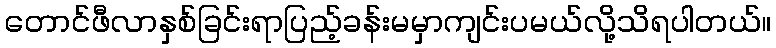
တောင်ဖီလာနှစ်ခြင်းရာပြည့်ခန်းမမှာကျင်းပမယ်လို့သိရပါတယ်။